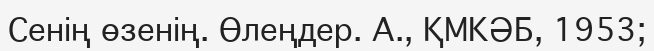
Сенің өзенің. Өлеңдер. А., ҚМКӘБ, 1953;